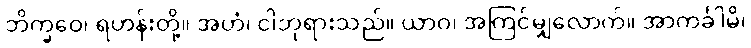
ဘိက္ခဝေ၊ ရဟန်းတို့။ အဟံ၊ ငါဘုရားသည်။ ယာဝ၊ အကြင်မျှလောက်။ အာကင်္ခါမိ၊